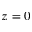
z = 0